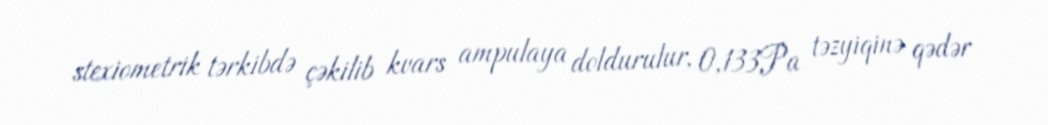
stexiometrik tərkibdə çəkilib kvars ampulaya doldurulur, 0,133Pa təzyiqinə qədər